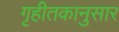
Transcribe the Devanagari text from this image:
गृहीतकानुसार